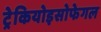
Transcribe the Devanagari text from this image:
ट्रेकियोइसोफेगल